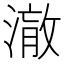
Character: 𭲋